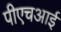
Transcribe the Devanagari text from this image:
पीएचआई